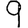
Digit: 9